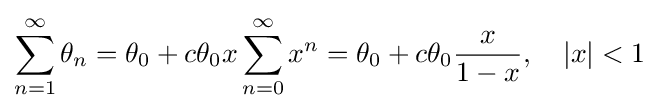
\sum _{n=1}^{\infty }\theta _{n}=\theta _{0}+c\theta _{0}x\sum _{n=0}^{\infty }x^{n}=\theta _{0}+c\theta _{0}{\frac {x}{1-x}},\quad |x|<1